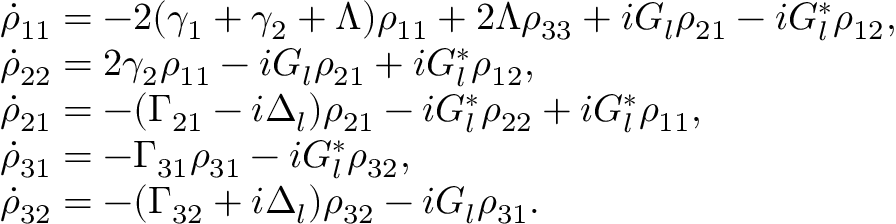
\begin{array} { r l } & { \dot { \rho } _ { 1 1 } = - 2 ( \gamma _ { 1 } + \gamma _ { 2 } + \Lambda ) \rho _ { 1 1 } + 2 \Lambda \rho _ { 3 3 } + i G _ { l } \rho _ { 2 1 } - i G _ { l } ^ { * } \rho _ { 1 2 } , } \\ & { \dot { \rho } _ { 2 2 } = 2 \gamma _ { 2 } \rho _ { 1 1 } - i G _ { l } \rho _ { 2 1 } + i G _ { l } ^ { * } \rho _ { 1 2 } , } \\ & { \dot { \rho } _ { 2 1 } = - ( \Gamma _ { 2 1 } - i \Delta _ { l } ) \rho _ { 2 1 } - i G _ { l } ^ { * } \rho _ { 2 2 } + i G _ { l } ^ { * } \rho _ { 1 1 } , } \\ & { \dot { \rho } _ { 3 1 } = - \Gamma _ { 3 1 } \rho _ { 3 1 } - i G _ { l } ^ { * } \rho _ { 3 2 } , } \\ & { \dot { \rho } _ { 3 2 } = - ( \Gamma _ { 3 2 } + i \Delta _ { l } ) \rho _ { 3 2 } - i G _ { l } \rho _ { 3 1 } . } \end{array}